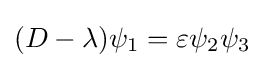
(D-\lambda )\psi _{1}=\varepsilon \psi _{2}\psi _{3}